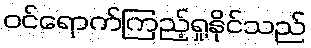
ဝင်ရောက်ကြည့်ရှုနိုင်သည်